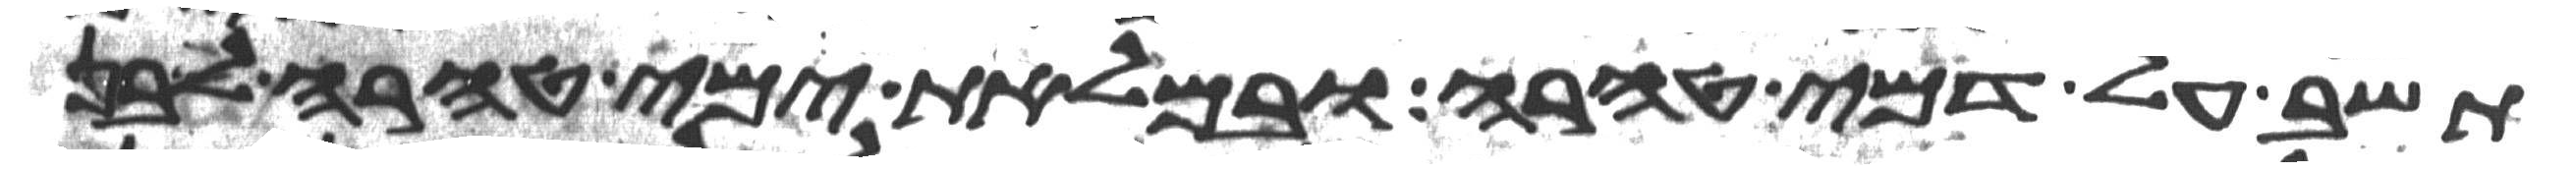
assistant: תשב על דמי טהרה ובמלאת ימי טהרה לבן